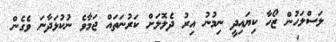
ލަސްލަހުން ޒޯހާ ކިޔައިދީ ނިމުނު އިރު ދެލޮލަށް ކަރުނަތައް ޖަމާވެ ނުކުޅަދާނަ ވެގެން